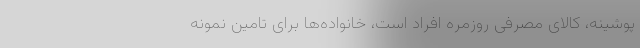
پوشینه، کالای مصرفی روزمره افراد است، خانواده‌ها برای تامین نمونه